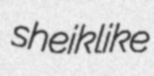
sheiklike